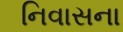
નિવાસના